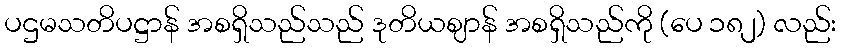
ပဌမသတိပဋ္ဌာန် အစရှိသည်သည် ဒုတိယဈာန် အစရှိသည်ကို (ပေ ၁၈၂) လည်း